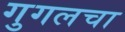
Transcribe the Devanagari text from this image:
गुगलचा